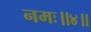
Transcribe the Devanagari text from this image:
नमः॥४॥